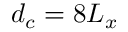
d _ { c } = 8 L _ { x }